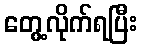
တွေ့လိုက်ရပြီး